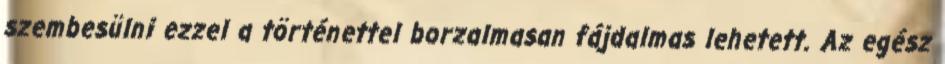
szembesülni ezzel a történettel borzalmasan fájdalmas lehetett. Az egész